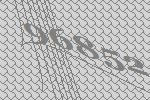
96852